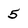
Character: 5